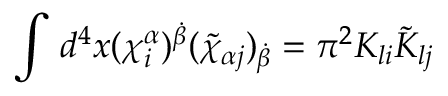
\int \, d ^ { 4 } x ( \chi _ { i } ^ { \alpha } ) ^ { \dot { \beta } } ( \tilde { \chi } _ { \alpha j } ) _ { \dot { \beta } } = \pi ^ { 2 } { \cal K } _ { l i } \tilde { \cal K } _ { l j }